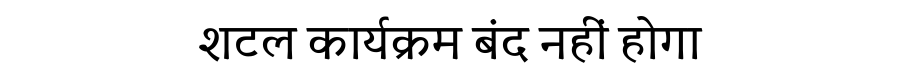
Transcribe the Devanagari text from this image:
शटल कार्यक्रम बंद नहीं होगा